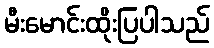
မီးမောင်းထိုးပြပါသည်